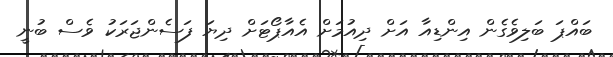
ބައްޕަ ބަލިވެގެން އިންޑިއާ އަށް ދިއުމަށް އެއާޕޯޓަށް ދިޔަ ފަސެންޖަރަކު ވެސް ބުނީ